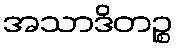
အသာဒိတဉ္စ